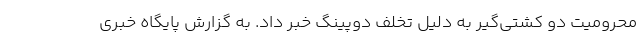
محرومیت دو کشتی‌گیر به دلیل تخلف دوپینگ خبر داد. به گزارش پایگاه خبری